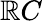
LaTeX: \mathbb{R}C